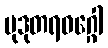
မုဒုတရဝဂ္ဂေါ